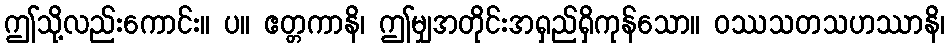
ဤသို့လည်းကောင်း။ ပ။ ဧတ္တကာနိ၊ ဤမျှအတိုင်းအရှည်ရှိကုန်သော။ ဝဿသတသဟဿာနိ၊